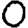
Digit: 0